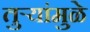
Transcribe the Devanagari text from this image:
तुऱ्यांमुळे